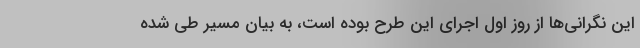
این نگرانی‌ها از روز اول اجرای این طرح بوده است، به بیان مسیر طی شده